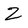
Character: Z